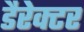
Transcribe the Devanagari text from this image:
डैरेक्टर